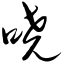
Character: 哓